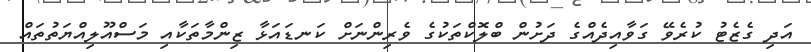
އަދި ގެޒެޓު ކުރެވޭ ގަވާއިދެއްގެ ދަށުން ބްލޮކްތަކުގެ ވެރިންނަށް ކަނޑައަޅާ ޒިންމާތަކާއި މަސްއޫލިއްޔަތުތައް